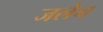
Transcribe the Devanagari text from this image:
जलेन